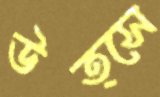
উত্সে